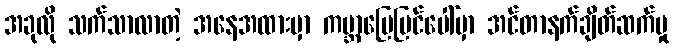
အခုလို သက်သာလာတဲ့ အနေအထားမှာ ကမ္ဘာမြေပြင်ပေါ်မှာ အင်တာနက်ချိတ်ဆက်မှု